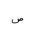
Letter: _sad